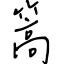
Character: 篙